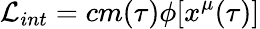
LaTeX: {\cal L}_{int}=cm(\tau)\phi[x^{\mu}(\tau)]